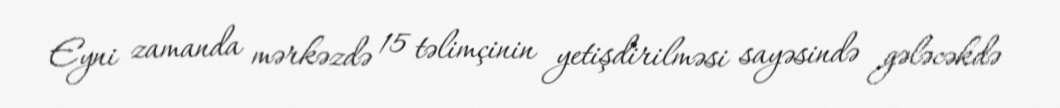
Eyni zamanda mərkəzdə 15 təlimçinin yetişdirilməsi sayəsində gələcəkdə